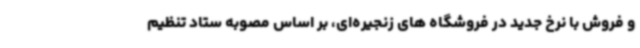
و فروش با نرخ جدید در فروشگاه های زنجیره‌ای، بر اساس مصوبه ستاد تنظیم